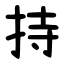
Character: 持